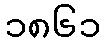
၁၈၆၁